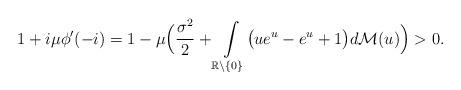
LaTeX: \begin{align*}1+i\mu\phi'(-i) = 1-\mu\Bigl(\frac{\sigma^2}{2} + \int\limits_{\mathbb{R}\setminus \{0\}} \bigl(ue^{u}-e^u+1\bigr) d\mathcal{M}(u)\Bigr)>0.\end{align*}